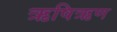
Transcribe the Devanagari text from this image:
ऋषिऋण